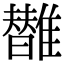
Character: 𩁀